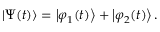
\left| \Psi ( t ) \right\rangle = \left| \varphi _ { 1 } ( t ) \right\rangle + \left| \varphi _ { 2 } ( t ) \right\rangle .